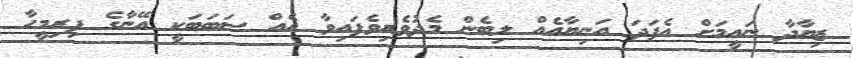
ޒިޔާދާ ނައީމަށް އެފަދަ އަނިޔާއެއް ލިބެން މެދުވެރިވެފައިވާ އެއް ސަބަބަކީ އޭނާގެ ފިރިމީހާ